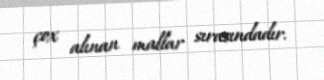
çox alınan mallar sırasındadır.